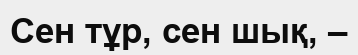
Сен тұр, сен шық, –